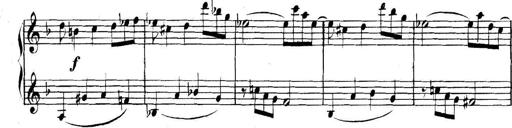
Title: Collected Piano Sonatas
Composer: Muzio Clementi